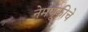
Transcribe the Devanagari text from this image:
नेमणूकीचे